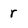
Character: r